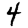
Digit: 4